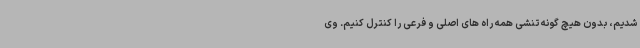
شدیم، بدون هیچ گونه تنشی همه راه های اصلی و فرعی را کنترل کنیم. وی